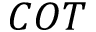
C O T